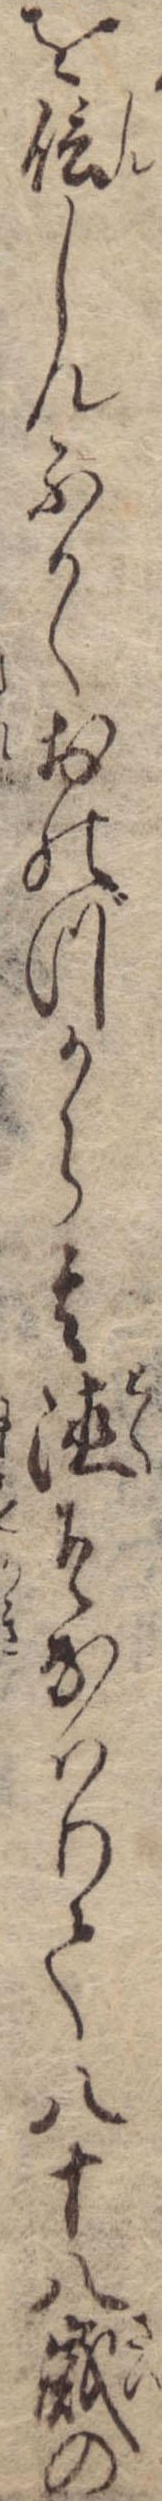
を信しんふかくおのづから其徳そなはりて八十八歳の